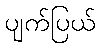
ပျက်ပြယ်